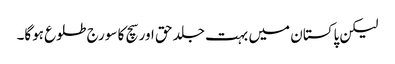
لیکن پاکستان میں بہت جلد حق اور سچ کا سورج طلوع ہوگا۔